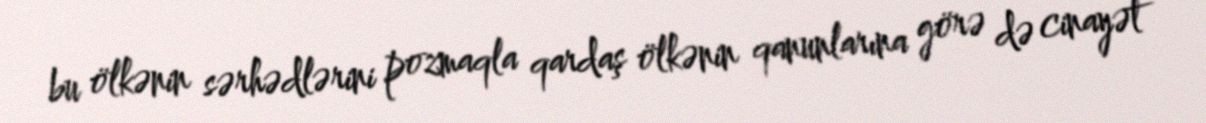
bu ölkənin sərhədlərini pozmaqla qardaş ölkənin qanunlarına görə də cinayət